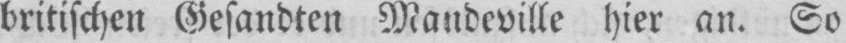
britischen Gesandten Mandeville hier an. So